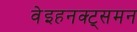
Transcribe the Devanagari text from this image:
वेइहनक्ट्समन